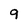
Character: 9